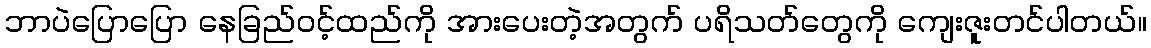
ဘာပဲပြောပြော နေခြည်ဝင့်ထည်ကို အားပေးတဲ့အတွက် ပရိသတ်တွေကို ကျေးဇူးတင်ပါတယ်။